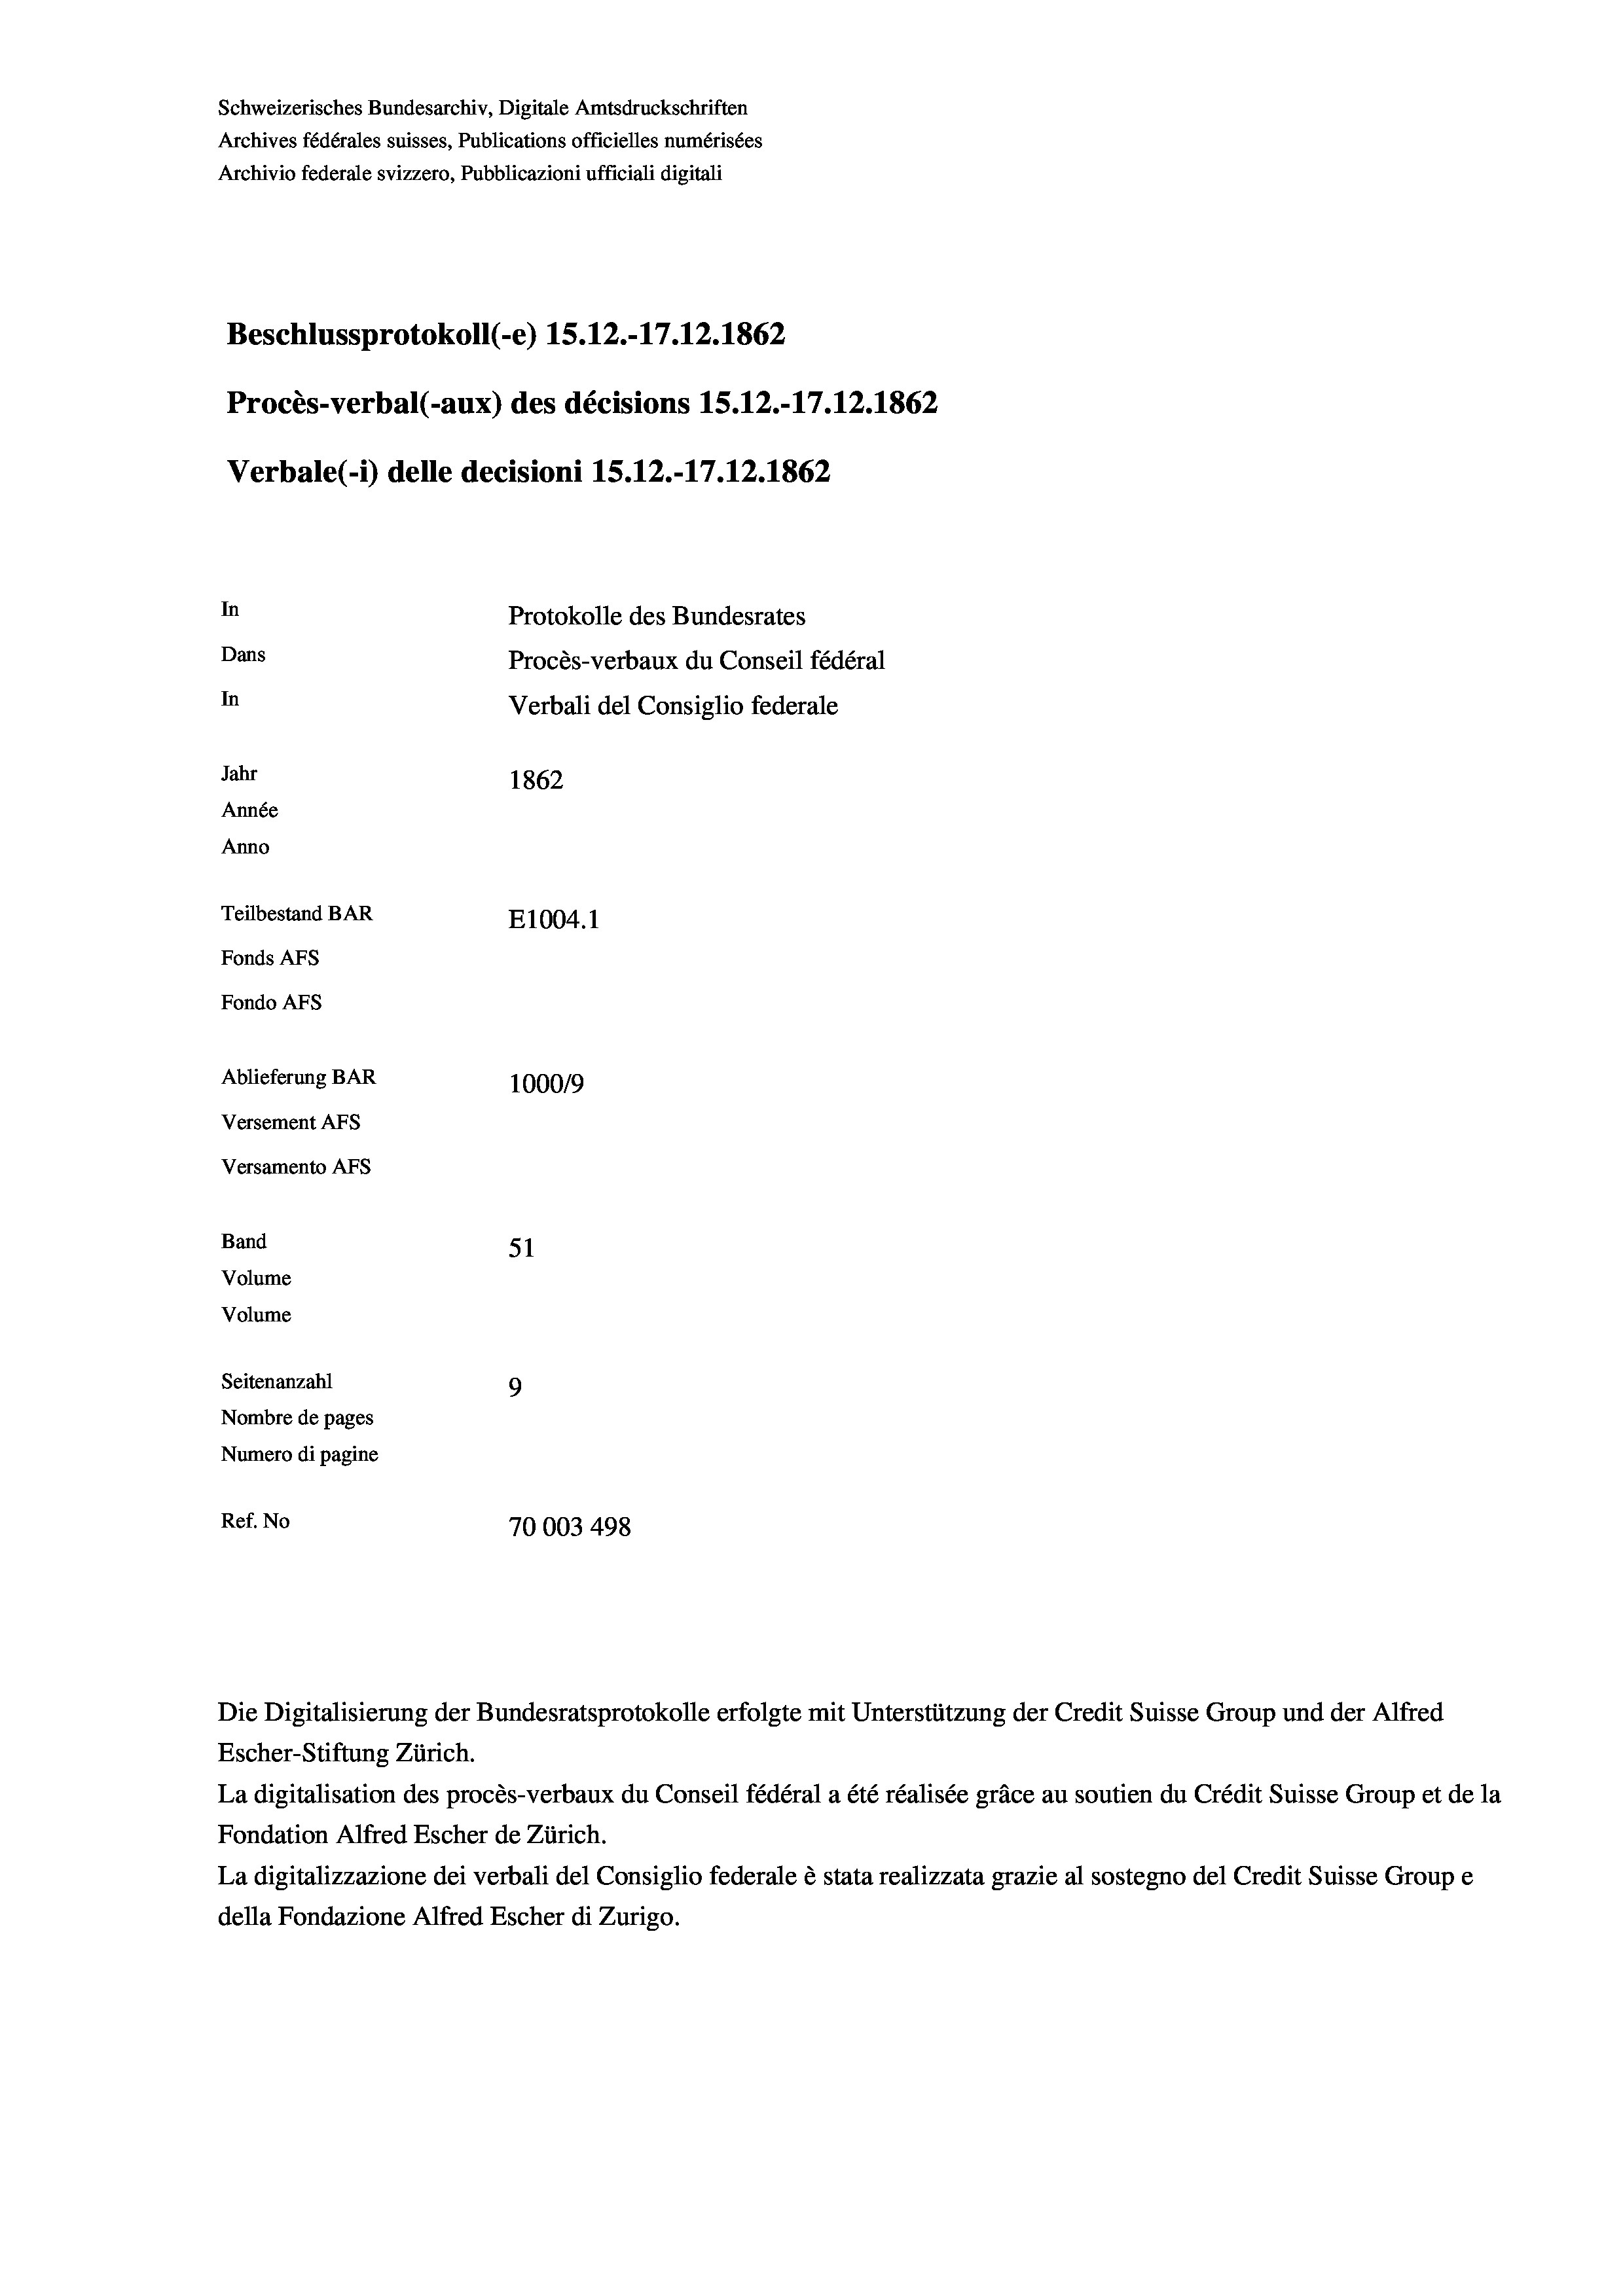
Schweizerisches Bundesarchiv, Digitale Amtsdruckschriften
Archives fédérales suisses, Publications officielles numérisées
Archivio federale svizzero, Pubblicazioni ufficiali digitali
Beschlussprotokoll (-e) 1S.12.-17.12. 1862
Procès-verbal (-aux) des décisions 15.12.-17.12.1862
Verbale (1) delle decisioni 15. 12.-17.12.1862
In
Protokolle des Bundesrates
Dans
Procès-verbaux du Conseil fédéral
In
Verbali del Consiglio federale
Jahr
1862
Année
Anno
Teilbestand BAR
E1004. 1
Fonds AFs
Fondo AFs
Ablieferung BAR
100019
Versement As
Versamento AFs

51
9
Nombre de pages
Numero di pagine
Ref. No
70003 498

Band
Volume
Volume
Seitenanzahl

La digitalisation des procès-verbaux du Conseil fédéral a été réalisée gräce au soutien du Crédit Suisse Group et de la
Fondation Alfred Escher de Zürich.
La digitalizzazione dei verbali del Consiglio federale è stata realizzata grazie al sostegno del Credit Suisse Groupe
della Fondazione Alfred Escher di Zurigo.

Die Digitalisierung der Bundesratsprotokolle erfolgte mit Unterstützung der Credit Suisse Group und der Alfred
Escher-Stiftung Zürich.